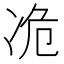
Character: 𫥊